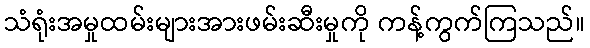
သံရုံးအမှုထမ်းများအားဖမ်းဆီးမှုကို ကန့်ကွက်ကြသည်။